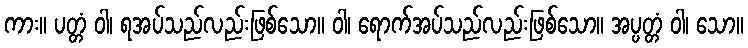
ကား။ ပတ္တံ ဝါ၊ ရအပ်သည်လည်းဖြစ်သော။ ဝါ၊ ရောက်အပ်သည်လည်းဖြစ်သော။ အပ္ပတ္တံ ဝါ၊ သော။